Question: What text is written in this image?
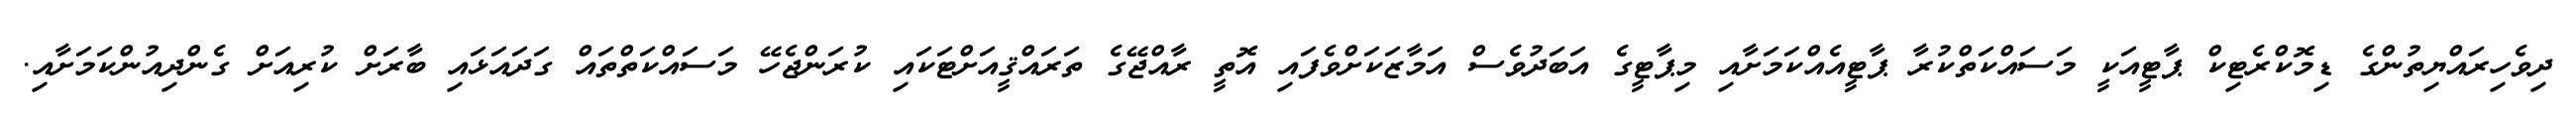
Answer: ދިވެހިރައްޔިތުންގެ ޑިމޮކްރެޓިކް ޕާޓީއަކީ މަސައްކަތްކުރާ ޕާޓީއެއްކަމަށާއި މިޕާޓީގެ އަބަދުވެސް އަމާޒަކަށްވެފައި އޮތީ ރާއްޖޭގެ ތަރައްޤީއަށްޓަކައި ކުރަންޖެހޭ މަސައްކަތްތައް ގަދައަޅައި ބާރަށް ކުރިއަށް ގެންދިއުންކަމަށާއި.